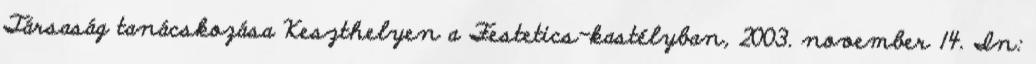
Társaság tanácskozása Keszthelyen a Festetics-kastélyban, 2003. november 14. In: